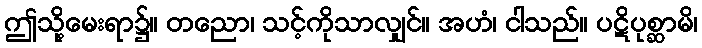
ဤသို့မေးရာ၌။ တညော၊ သင့်ကိုသာလျှင်။ အဟံ၊ ငါသည်။ ပဋိပုစ္ဆာမိ၊